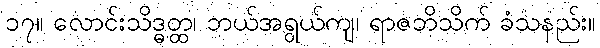
၁၇။ လောင်းသိဒ္ဓတ္ထ၊ ဘယ်အရွယ်ကျ၊ ရာဇဘိသိက် ခံသနည်း။